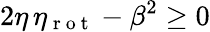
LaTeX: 2\eta\, \eta_{\mathrm{~r~o~t~}}-\beta^{2}\geq 0